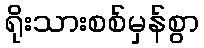
ရိုးသားစစ်မှန်စွာ